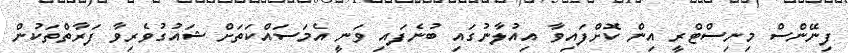
ފިނޭންސް މިނިސްޓްރީ އިން ކޮށްފައިވާ އިއުލާނުގައި ބުނެފައި ވަނީ އެމަސައްކަތަށް ޝައުގުވެރިވާ ފަރާތްތަކުން